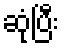
ဆုံပြီး